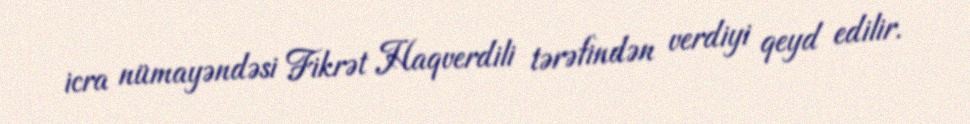
icra nümayəndəsi Fikrət Haqverdili tərəfindən verdiyi qeyd edilir.